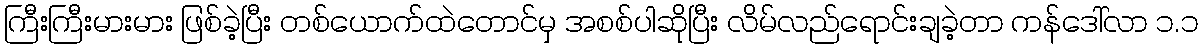
ကြီးကြီးမားမား ဖြစ်ခဲ့ပြီး တစ်ယောက်ထဲတောင်မှ အစစ်ပါဆိုပြီး လိမ်လည်ရောင်းချခဲ့တာ ကန်ဒေါ်လာ ၁.၁